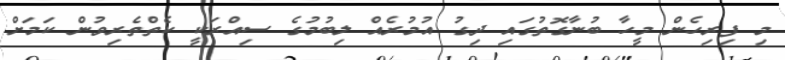
މި ފިރިހެން މީހާ ބުނާގޮތުގައި ދިގު އުމުރެއް ލިބުމުގެ ސިއްރަކީ ކެތްތެރިވުން ކަމަށް